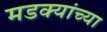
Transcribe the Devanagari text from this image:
मडक्यांच्या